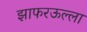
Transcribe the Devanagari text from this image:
झाफरऊल्ला